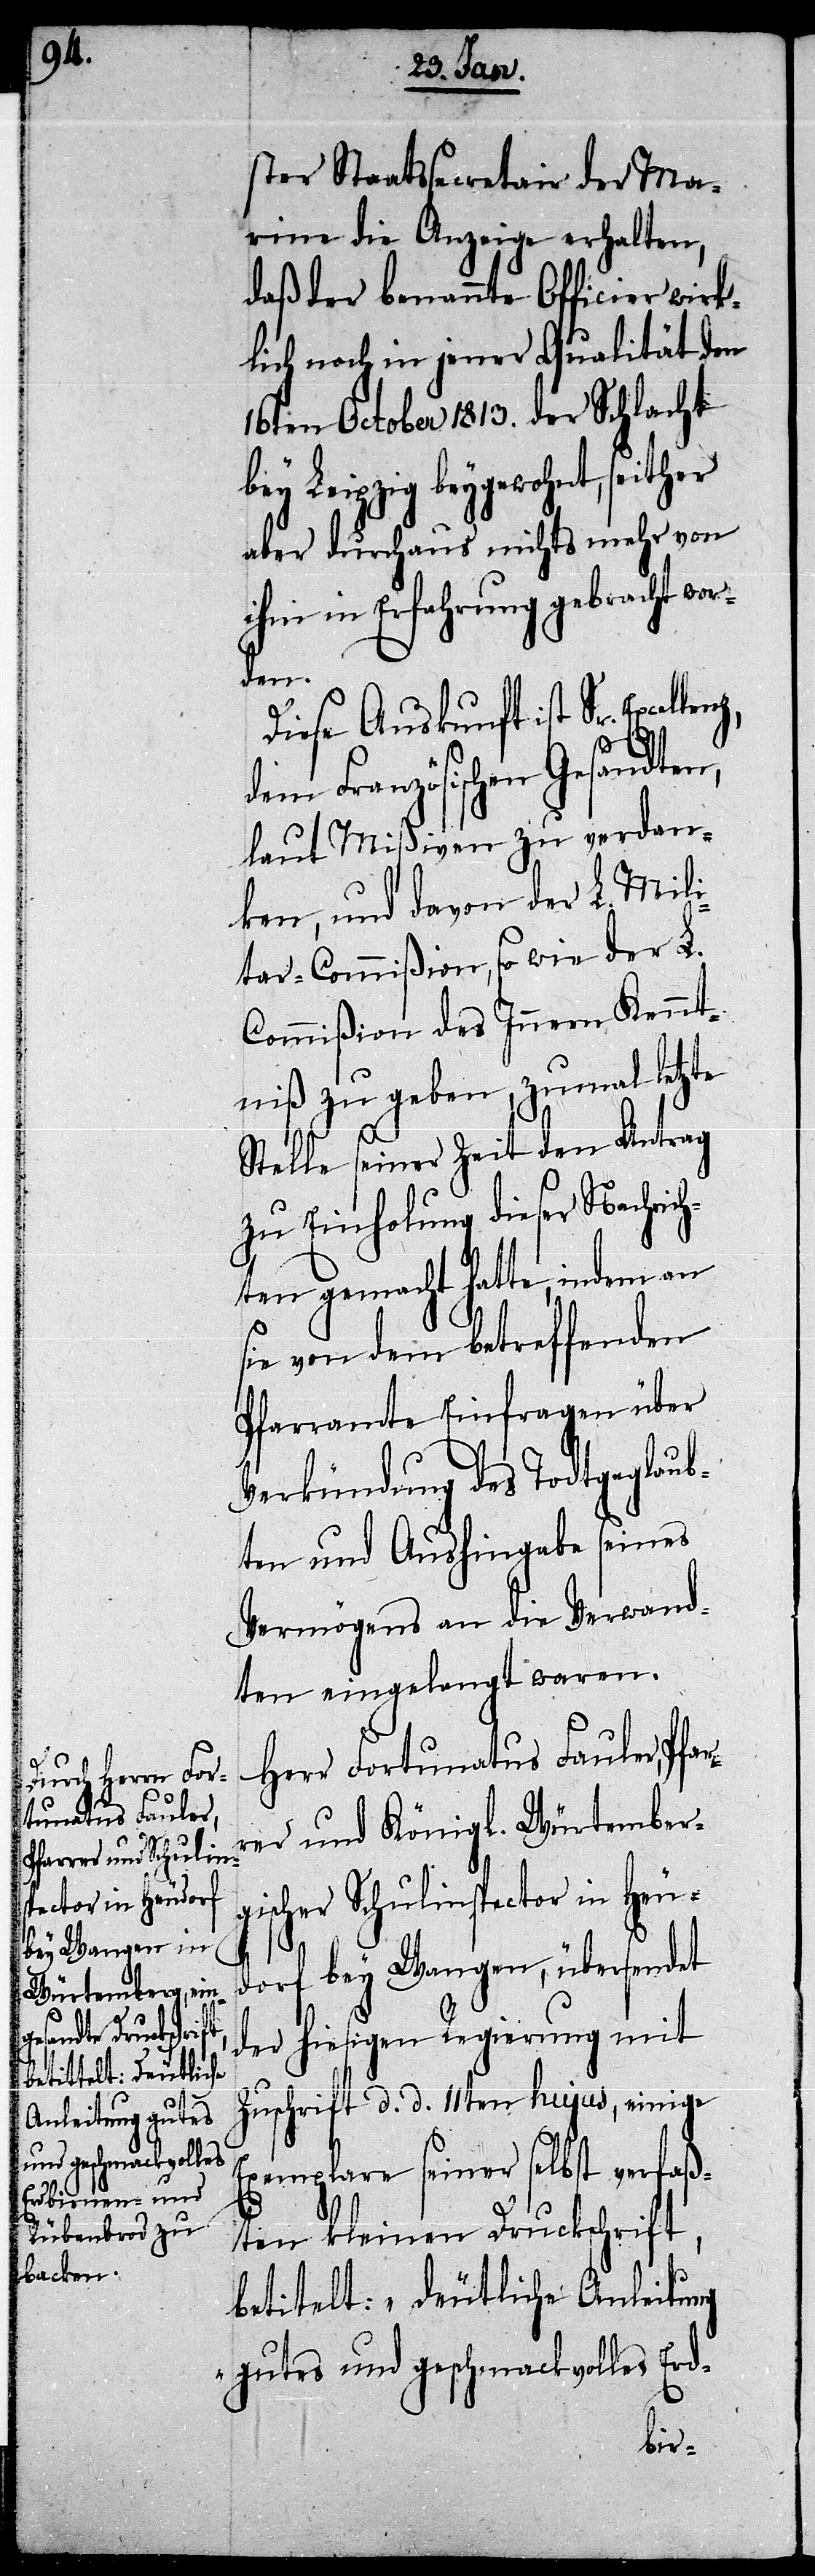
ster Staatssecretair der Ma¬
rine die Anzeige erhalten,
daß der benannte Officier wirk¬
lich noch in jener Qualität den
16ten October 1813. der Schlacht
bey Leipzig beygewohnt, seither
aber durchaus nichts mehr von
ihm in Erfahrung gebracht wor¬
lenz,
Diese Auskunft ist Sr. Excel¬
dem Französischen Gesandten,
laut Mißiven zu verdan¬
ken, und davon der L. Mili¬
tar-Commißion, so wie der L.
Commißion des Innern Kennt¬
niß zu geben, zumal letzte
Stelle seiner Zeit den Antrag
zu Einholung dieser Nachrich¬
ten gemacht hatte, indem an
sie von dem betreffenden
Pfarramte Einfragen über
Verkündung des Todtgeglaub¬
ten und Aushingabe seines
Vermögens an die Verwand¬
ten eingelangt waren.
Herr Fortunatus Fauler, Pfar¬
rer und Königl. Würtember¬
gischer Schulinspector in Heu¬
dorf bey Wangen, übersendet
der hiesigen Regierung mit
Zuschrift d. d. 11ten hujus, einige
Exemplare seiner selbst verfaß¬
ten kleinen Druckschrift,
betitelt: „deutliche Anleitung
gutes und geschmackvolles Erd-